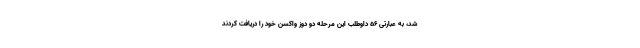
شد، به عبارتی ۵۶ داوطلب این مرحله دو دوز واکسن خود را دریافت کردند